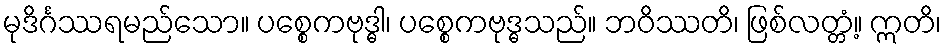
မုဒိင်္ဂဿရမည်သော။ ပစ္စေကဗုဒ္ဓါ၊ ပစ္စေကဗုဒ္ဓသည်။ ဘဝိဿတိ၊ ဖြစ်လတ္တံ့။ ဣတိ၊